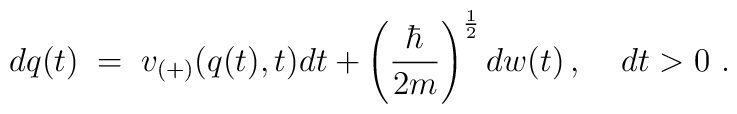
dq(t) \; = \; v_{(+)}(q(t),t)dt + \left( \frac{\hbar}{2m}\right)^{\frac{1}{2}} dw(t) \, , \; \; \; \; dt > 0 \, \, .